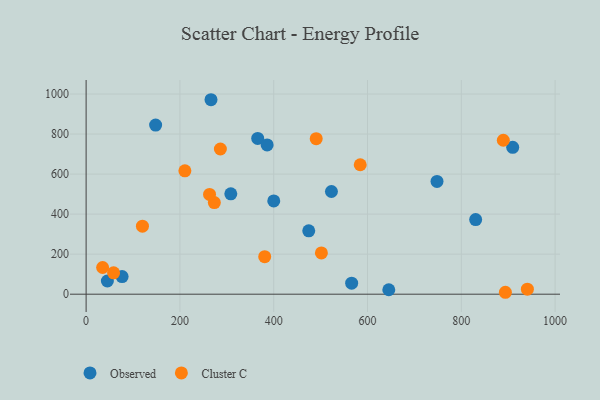
{"axis": {"x": "Ad Spend", "y": "Salary"}, "legend": ["Cluster C", "Observed"], "data": [{"x": "400.1", "y": 465.9, "type": "Observed"}, {"x": "148.2", "y": 844.8, "type": "Observed"}, {"x": "830.6", "y": 372.9, "type": "Observed"}, {"x": "909.6", "y": 733.4, "type": "Observed"}, {"x": "365.9", "y": 778.0, "type": "Observed"}, {"x": "748.2", "y": 563.2, "type": "Observed"}, {"x": "266.3", "y": 971.4, "type": "Observed"}, {"x": "45.3", "y": 66.0, "type": "Observed"}, {"x": "386.0", "y": 745.6, "type": "Observed"}, {"x": "645.4", "y": 22.3, "type": "Observed"}, {"x": "474.7", "y": 316.5, "type": "Observed"}, {"x": "308.5", "y": 501.4, "type": "Observed"}, {"x": "566.2", "y": 55.2, "type": "Observed"}, {"x": "523.1", "y": 513.1, "type": "Observed"}, {"x": "76.7", "y": 87.8, "type": "Observed"}, {"x": "490.6", "y": 776.6, "type": "Cluster C"}, {"x": "380.8", "y": 187.3, "type": "Cluster C"}, {"x": "940.9", "y": 25.2, "type": "Cluster C"}, {"x": "889.6", "y": 769.0, "type": "Cluster C"}, {"x": "273.4", "y": 457.8, "type": "Cluster C"}, {"x": "286.3", "y": 725.3, "type": "Cluster C"}, {"x": "210.6", "y": 616.3, "type": "Cluster C"}, {"x": "584.5", "y": 646.7, "type": "Cluster C"}, {"x": "501.7", "y": 206.2, "type": "Cluster C"}, {"x": "263.2", "y": 498.3, "type": "Cluster C"}, {"x": "120.1", "y": 339.7, "type": "Cluster C"}, {"x": "894.0", "y": 9.6, "type": "Cluster C"}, {"x": "58.6", "y": 106.6, "type": "Cluster C"}, {"x": "35.2", "y": 133.3, "type": "Cluster C"}]}